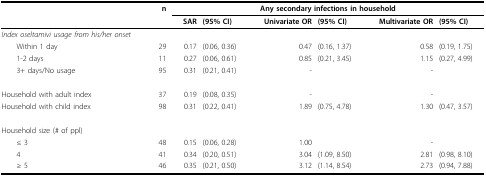
<table><thead><tr><td></td><td><b>n</b></td><td colspan="6"><b>Any secondary infections in household</b></td></tr><tr><td></td><td></td><td><b>SAR</b></td><td><b>(95% CI)</b></td><td><b>Univariate OR</b></td><td><b>(95% CI)</b></td><td><b>Multivariate OR</b></td><td><b>(95% CI)</b></td></tr></thead><tbody><tr><td><i>Index oseltamivi usage from his/her onset</i></td><td></td><td></td><td></td><td></td><td></td><td></td><td></td></tr><tr><td> Within 1 day</td><td>29</td><td>0.17</td><td>(0.06, 0.36)</td><td>0.47</td><td>(0.16, 1.37)</td><td>0.58</td><td>(0.19, 1.75)</td></tr><tr><td> 1-2 days</td><td>11</td><td>0.27</td><td>(0.06, 0.61)</td><td>0.85</td><td>(0.21, 3.45)</td><td>1.15</td><td>(0.27, 4.99)</td></tr><tr><td> 3+ days/No usage</td><td>95</td><td>0.31</td><td>(0.21, 0.41)</td><td>-</td><td></td><td>-</td><td></td></tr><tr><td>Household with adult index</td><td>37</td><td>0.19</td><td>(0.08, 0.35)</td><td>-</td><td></td><td>-</td><td></td></tr><tr><td>Household with child index</td><td>98</td><td>0.31</td><td>(0.22, 0.41)</td><td>1.89</td><td>(0.75, 4.78)</td><td>1.30</td><td>(0.47, 3.57)</td></tr><tr><td>Household size (# of ppl)</td><td></td><td></td><td></td><td></td><td></td><td></td><td></td></tr><tr><td> ≤ 3</td><td>48</td><td>0.15</td><td>(0.06, 0.28)</td><td>1.00</td><td></td><td>-</td><td></td></tr><tr><td> 4</td><td>41</td><td>0.34</td><td>(0.20, 0.51)</td><td>3.04</td><td>(1.09, 8.50)</td><td>2.81</td><td>(0.98, 8.10)</td></tr><tr><td> ≥ 5</td><td>46</td><td>0.35</td><td>(0.21, 0.50)</td><td>3.12</td><td>(1.14, 8.54)</td><td>2.73</td><td>(0.94, 7.88)</td></tr></tbody></table>